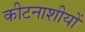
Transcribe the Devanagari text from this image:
कीटनाशीयों